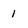
Character: i